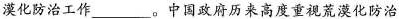
漠化防治工作___。中国政府历来高度重视荒漠化防治